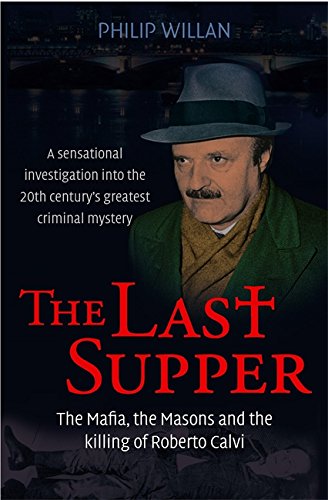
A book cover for The Last Supper: The Mafia, the Masons, and the Killing of Roberto Calvi; Philip Willan; Biographies & Memoirs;